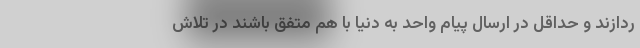
ردازند و حداقل در ارسال پیام واحد به دنیا با هم متّفق باشند در تلاش